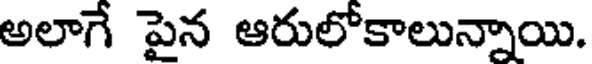
అలాగే పైన ఆరులోకాలున్నాయి.